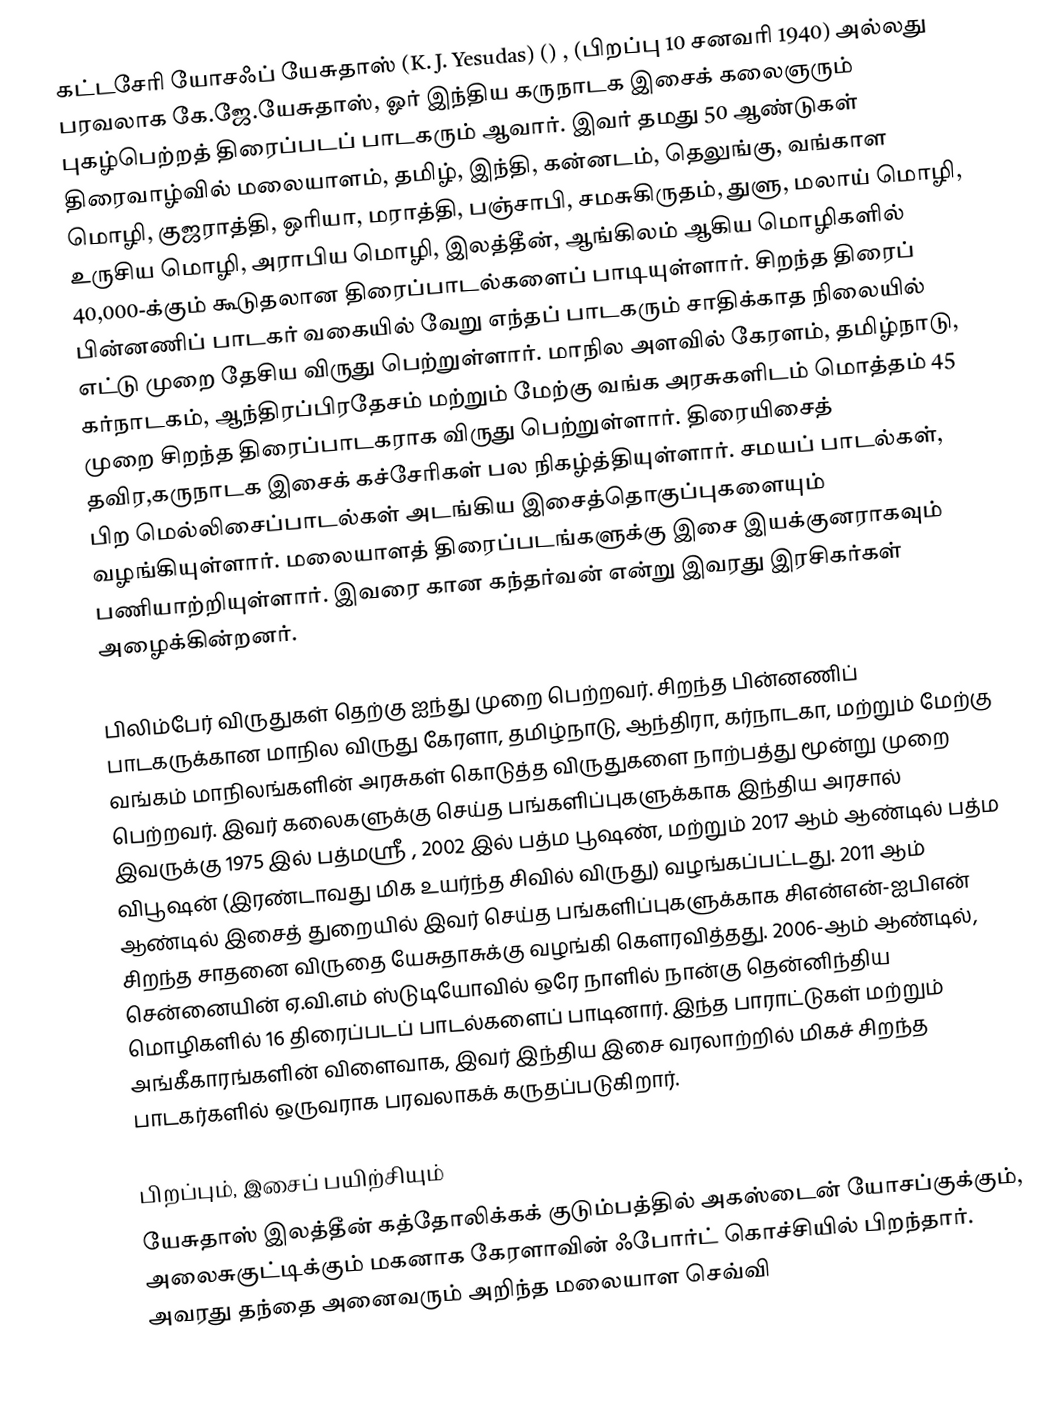
கட்டசேரி யோசஃப் யேசுதாஸ் (K. J. Yesudas) () , (பிறப்பு 10 சனவரி 1940) அல்லது பரவலாக கே.ஜே.யேசுதாஸ், ஓர் இந்திய கருநாடக இசைக் கலைஞரும் புகழ்பெற்றத் திரைப்படப் பாடகரும் ஆவார். இவர் தமது 50 ஆண்டுகள் திரைவாழ்வில்  மலையாளம், தமிழ், இந்தி, கன்னடம், தெலுங்கு, வங்காள மொழி, குஜராத்தி, ஒரியா, மராத்தி, பஞ்சாபி, சமசுகிருதம், துளு, மலாய் மொழி, உருசிய மொழி, அராபிய மொழி, இலத்தீன், ஆங்கிலம் ஆகிய மொழிகளில் 40,000-க்கும் கூடுதலான திரைப்பாடல்களைப் பாடியுள்ளார். சிறந்த திரைப் பின்னணிப் பாடகர் வகையில் வேறு எந்தப் பாடகரும் சாதிக்காத நிலையில் எட்டு முறை தேசிய விருது பெற்றுள்ளார். மாநில அளவில் கேரளம், தமிழ்நாடு, கர்நாடகம், ஆந்திரப்பிரதேசம் மற்றும் மேற்கு வங்க அரசுகளிடம் மொத்தம் 45 முறை சிறந்த திரைப்பாடகராக விருது பெற்றுள்ளார். திரையிசைத் தவிர,கருநாடக இசைக் கச்சேரிகள் பல நிகழ்த்தியுள்ளார். சமயப் பாடல்கள், பிற மெல்லிசைப்பாடல்கள் அடங்கிய இசைத்தொகுப்புகளையும் வழங்கியுள்ளார். மலையாளத் திரைப்படங்களுக்கு இசை இயக்குனராகவும் பணியாற்றியுள்ளார். இவரை கான கந்தர்வன் என்று இவரது இரசிகர்கள் அழைக்கின்றனர்.

பிலிம்பேர் விருதுகள் தெற்கு ஐந்து முறை பெற்றவர். சிறந்த பின்னணிப் பாடகருக்கான மாநில விருது  கேரளா, தமிழ்நாடு, ஆந்திரா, கர்நாடகா, மற்றும் மேற்கு வங்கம் மாநிலங்களின் அரசுகள் கொடுத்த விருதுகளை நாற்பத்து மூன்று முறை பெற்றவர். இவர் கலைகளுக்கு செய்த பங்களிப்புகளுக்காக இந்திய அரசால் இவருக்கு 1975 இல் பத்மஸ்ரீ , 2002 இல் பத்ம பூஷண், மற்றும் 2017 ஆம் ஆண்டில் பத்ம விபூஷன் (இரண்டாவது மிக உயர்ந்த சிவில் விருது) வழங்கப்பட்டது.  2011 ஆம் ஆண்டில் இசைத் துறையில் இவர் செய்த பங்களிப்புகளுக்காக சிஎன்என்-ஐபிஎன் சிறந்த சாதனை விருதை யேசுதாசுக்கு வழங்கி கௌரவித்தது. 2006-ஆம் ஆண்டில், சென்னையின் ஏ.வி.எம் ஸ்டுடியோவில் ஒரே நாளில் நான்கு தென்னிந்திய மொழிகளில் 16 திரைப்படப் பாடல்களைப் பாடினார்.  இந்த பாராட்டுகள் மற்றும் அங்கீகாரங்களின் விளைவாக, இவர் இந்திய இசை வரலாற்றில் மிகச் சிறந்த பாடகர்களில் ஒருவராக பரவலாகக் கருதப்படுகிறார்.

பிறப்பும், இசைப் பயிற்சியும்
யேசுதாஸ் இலத்தீன் கத்தோலிக்கக் குடும்பத்தில் அகஸ்டைன் யோசப்குக்கும், அலைசுகுட்டிக்கும் மகனாக கேரளாவின் ஃபோர்ட் கொச்சியில் பிறந்தார். அவரது தந்தை அனைவரும் அறிந்த மலையாள செவ்வி